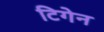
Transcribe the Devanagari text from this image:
टिगेन